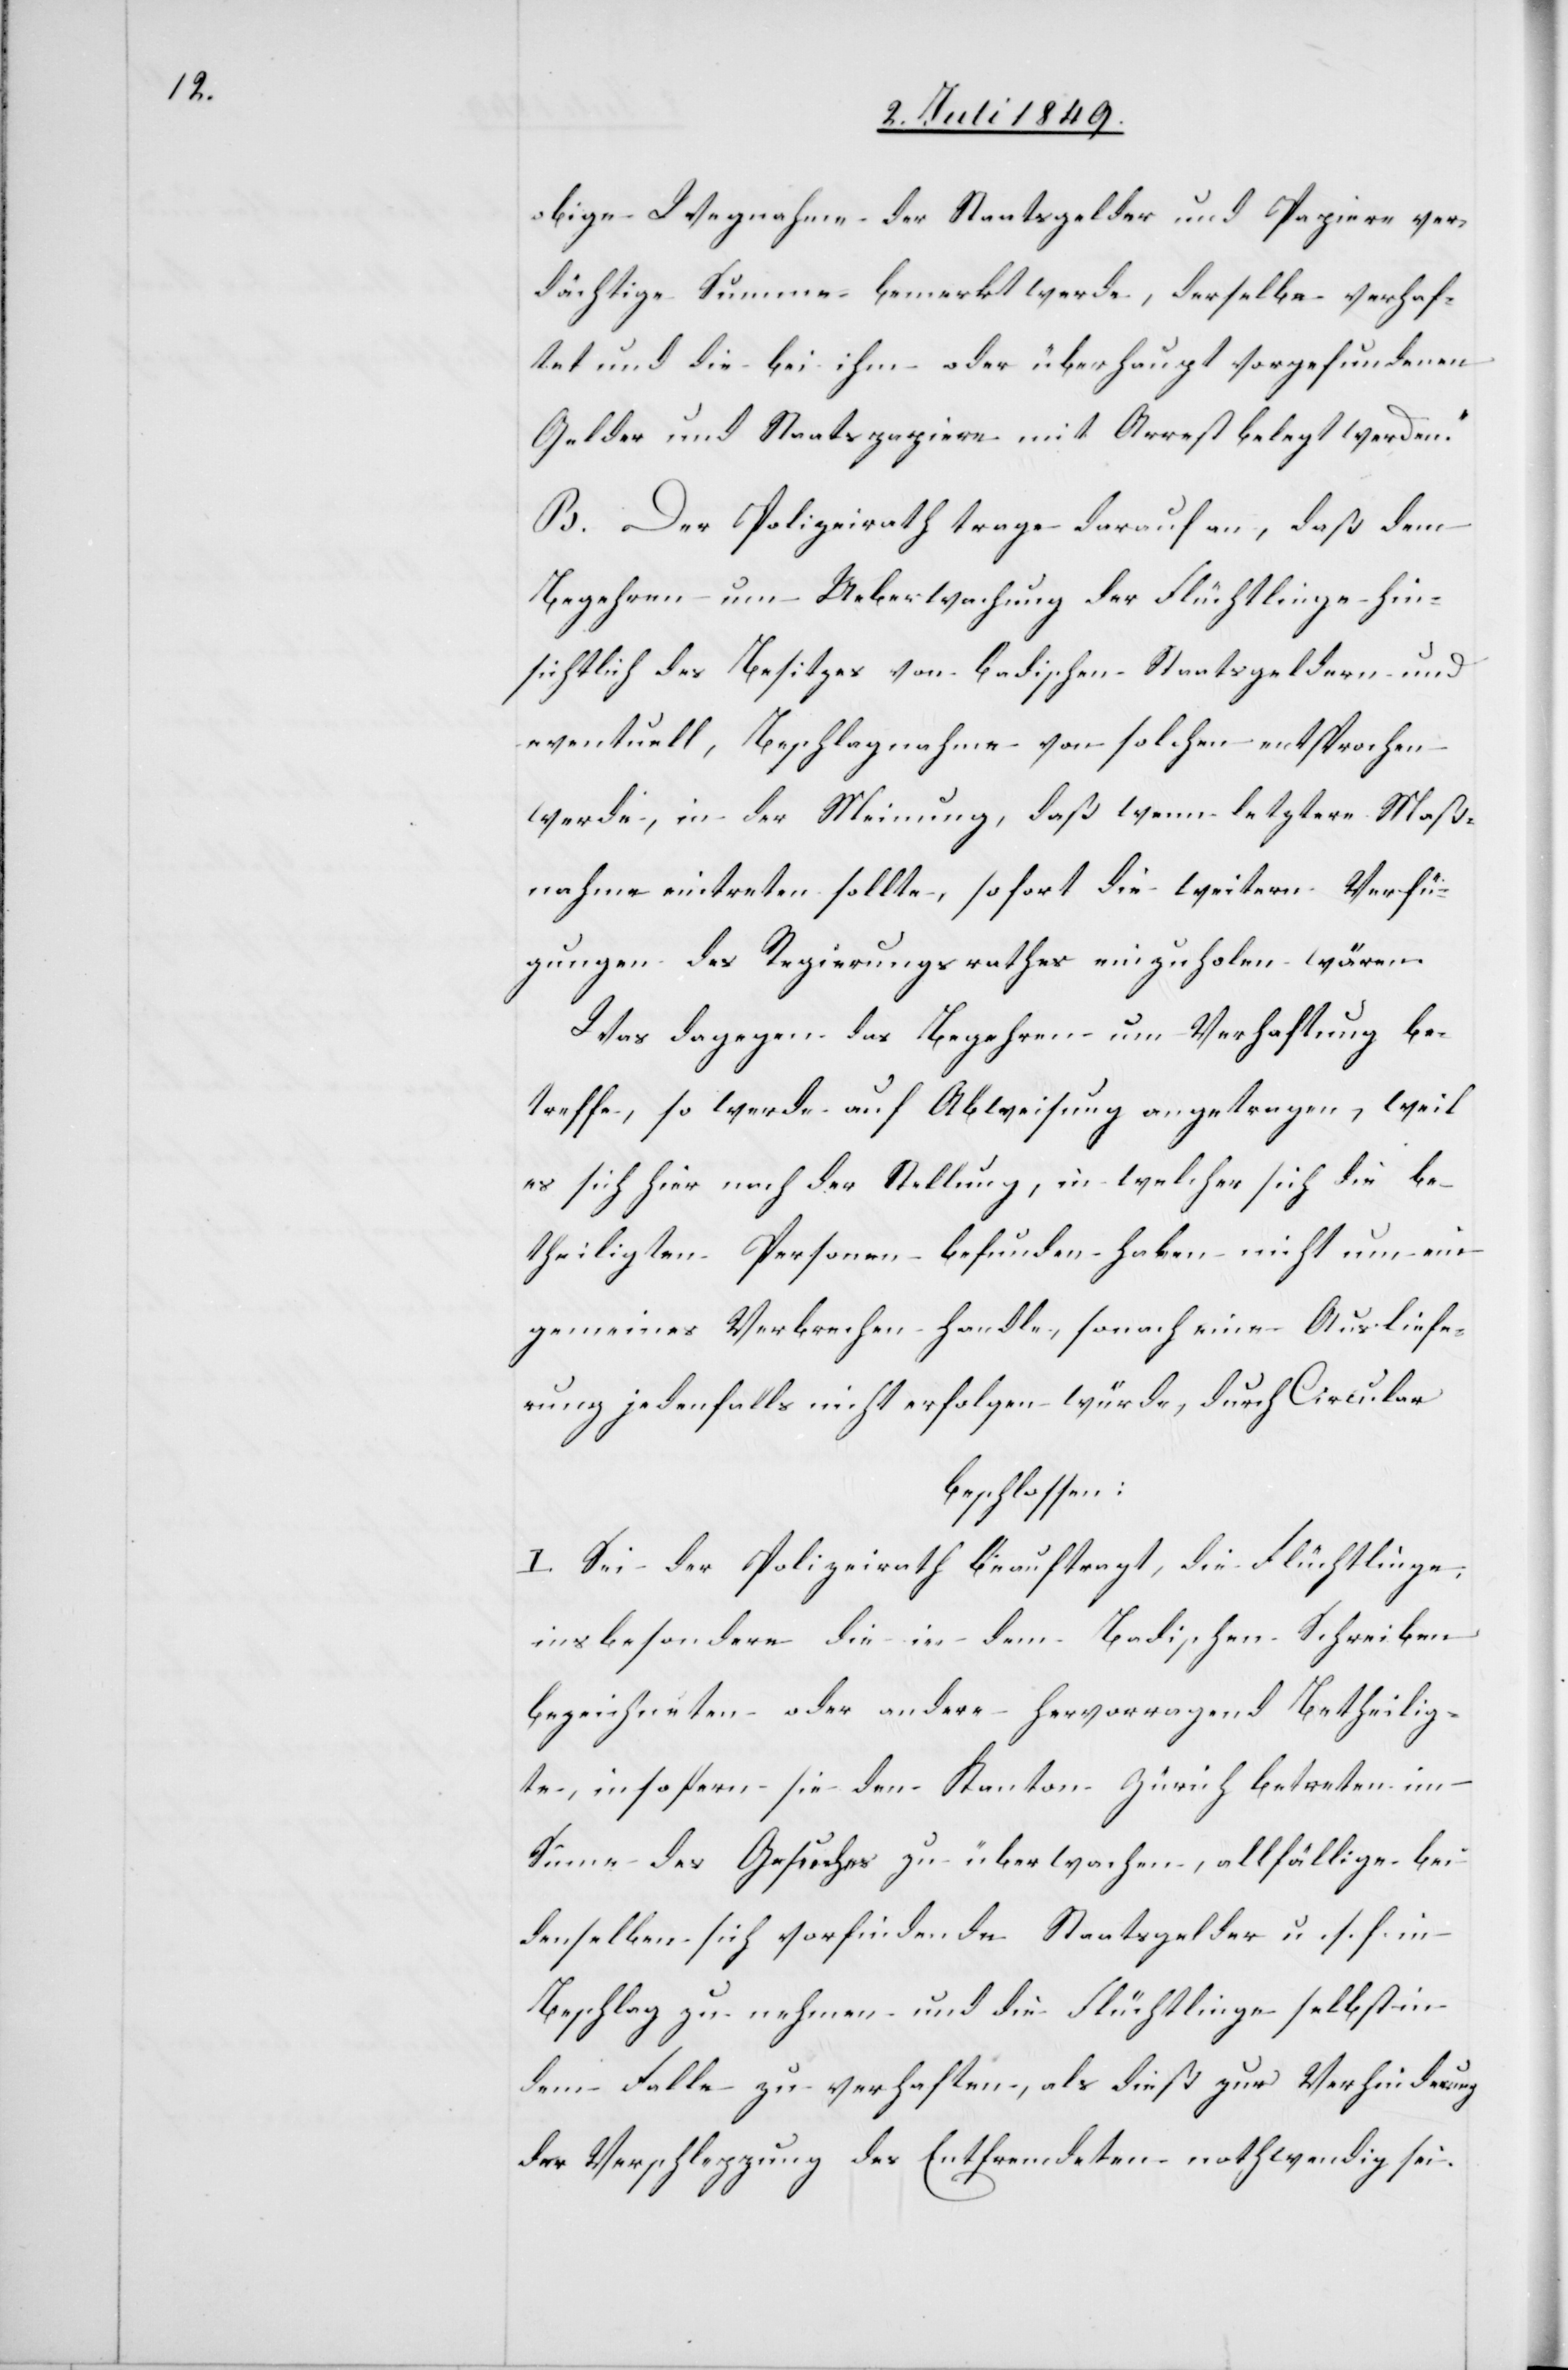
obige Wegnahme der Staatsgelder und Papiere ver¬
dächtige Summe bemerkt werde, derselbe verhaf¬
tet und die bei ihm oder überhaupt vorgefundenen
Gelder und Staatspapiere mit Arrest belegt werden“.
B. Der Polizeirath trage darauf an, daß dem
Begehren um Ueberwachung der Flüchtlinge hin¬
sichtlich des Besitzes von badischen Staatsgeldern und
eventuell, Beschlagnahme von solchen entsprochen
werde, in der Meinung, daß wenn letztere Maß¬
nahme eintreten sollte, sofort die weitern Verfü¬
gungen des Regierungsrathes einzuholen wären.
Was dagegen das Begehren um Verhaftung be¬
treffe, so werde auf Abweisung angetragen, weil
es sich hier nach der Stellung, in welcher sich die be¬
theiligten Personen befunden haben nicht um ein
gemeinsames Verbrechen handle, sonach eine Ausliefe¬
rung jedenfalls nicht erfolgen würde, durch Circular
beschlossen:
I. Sei der Polizeirath beauftragt, die Flüchtlinge,
insbesondere die in dem Badischen Schreiben
bezeichneten oder andere hervorragend Betheilig¬
te, insofern sie den Kanton Zürich betreten im
Sinne des Gesuches zu überwachen, allfällige bei
denselben sich vorfindende Staatsgelder u. s. f. in
Beschlag zu nehmen und die Flüchtlinge selbst in
dem Falle zu verhaften, als dieß zur Verhinderung
der Verpflegung des Entfremdeten nothwendig sei.